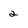
Character: 2